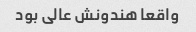
واقعا هندونش عالی بود